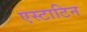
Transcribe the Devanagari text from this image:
एस्टाटिन